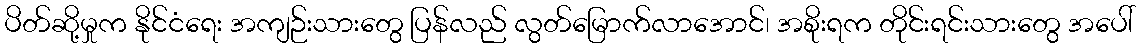
ပိတ်ဆို့မှုက နိုင်ငံရေး အကျဉ်းသားတွေ ပြန်လည် လွတ်မြောက်လာအောင်၊ အစိုးရက တိုင်းရင်းသားတွေ အပေါ်